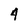
Character: 4